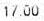
17.00